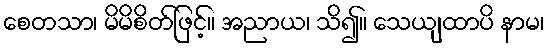
စေတသာ၊ မိမိစိတ်ဖြင့်။ အညာယ၊ သိ၍။ သေယျထာပိ နာမ၊